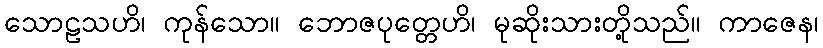
သောဠသဟိ၊ ကုန်သော။ ဘောဇပုတ္တေဟိ၊ မုဆိုးသားတို့သည်။ ကာဇေန၊